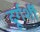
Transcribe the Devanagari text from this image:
दूर्गर्शी